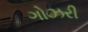
ગોઝરી